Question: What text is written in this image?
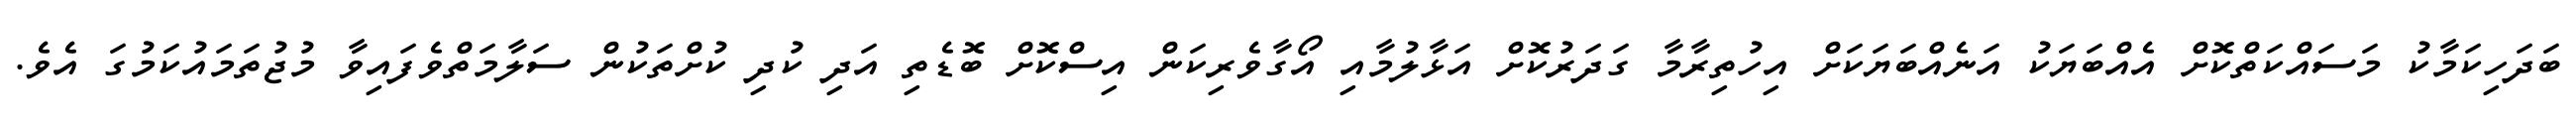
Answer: ބަދަހިކަމާކު މަސައްކަތްކޮށް އެއްބަޔަކު އަނެއްބަޔަކަށް އިހުތިރާމާ ގަދަރުކޮށް އަޅާލުމާއި އޯގާވެރިކަން އިސްކޮށް ބޮޑެތި އަދި ކުދި ކުށްތަކުން ސަލާމަތްވެފައިވާ މުޖުތަމައުކަމުގަ އެވެ.